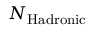
N _ { \mathrm { H a d r o n i c } }